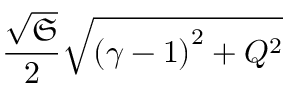
\frac { \sqrt { \mathfrak { S } } } { 2 } \sqrt { { ( \gamma - 1 ) } ^ { 2 } + Q ^ { 2 } }